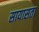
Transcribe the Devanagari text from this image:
सायासता